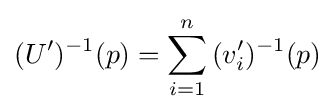
(U')^{-1}(p)=\sum _{i=1}^{n}{(v_{i}')^{-1}(p)}